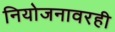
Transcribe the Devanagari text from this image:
नियोजनावरही